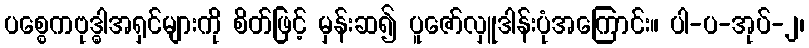
ပစ္စေကဗုဒ္ဓါအရှင်များကို စိတ်ဖြင့် မှန်းဆ၍ ပူဇော်လှူဒါန်းပုံအကြောင်း။ ပါ-ပ-အုပ်-၂၊